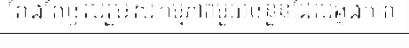
តែងតែចូលរួមសកម្មភាពមួយចំនួនដែលឆ្លងកាត់